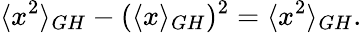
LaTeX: \langle x^{2}\rangle_{GH}-(\langle x\rangle_{GH})^{2}=\langle x^{2}\rangle_{GH}.